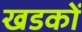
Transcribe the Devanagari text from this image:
खडकों